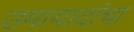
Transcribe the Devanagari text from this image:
उमायादांचा